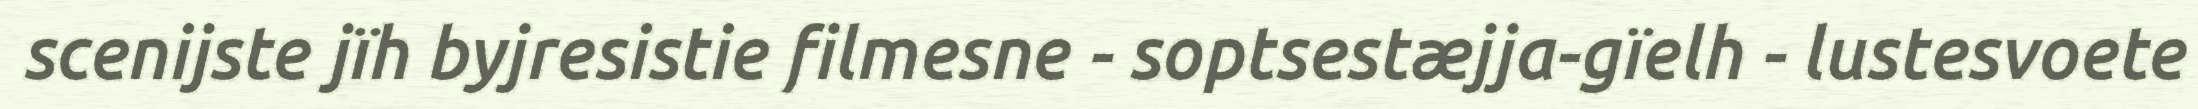
scenijste jïh byjresistie filmesne - soptsestæjja-gïelh - lustesvoete